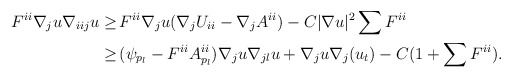
\begin{align*}\begin{aligned}F^{ii} \nabla_{j} u \nabla_{iij} u \geq \,& F^{ii} \nabla_{j} u (\nabla_{j} U_{ii} - \nabla_{j} A^{ii}) - C |\nabla u|^2 \sum F^{ii} \\ \geq \,& (\psi_{p_{l}} - F^{ii} A^{ii}_{p_l}) \nabla_{j} u \nabla_{jl} u + \nabla_j u \nabla_j (u_t) - C (1 + \sum F^{ii}).\end{aligned}\end{align*}